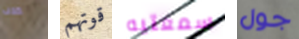
كذلك قوتهم سمعتيه جول